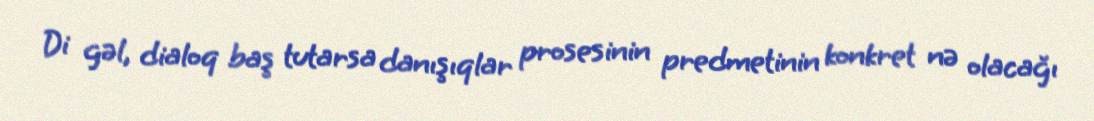
Di gəl, dialoq baş tutarsa danışıqlar prosesinin predmetinin konkret nə olacağı